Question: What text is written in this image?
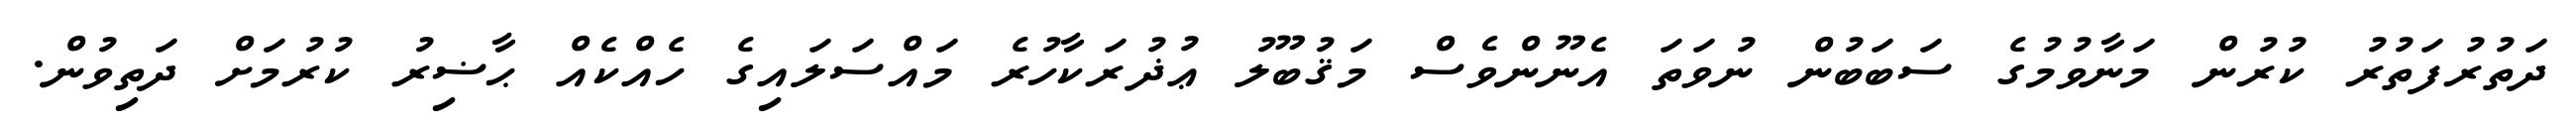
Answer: ދަތުރުފަތުރު ކުރުން މަނާވުމުގެ ސަބަބުން ނުވަތަ އެނޫންވެސް މަޤުބޫލު ޢުޛުރަކާހުރެ މައްސަލައިގެ ހެއްކެއް ޙާޟިރު ކުރުމަށް ދަތިވުން.